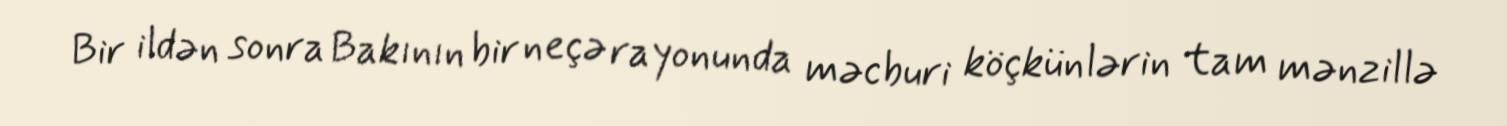
Bir ildən sonra Bakının bir neçə rayonunda məcburi köçkünlərin tam mənzillə